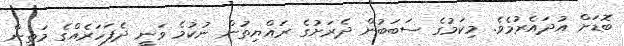
ބޮޑަށް އުދައެރުމެވެ. މިކަމުގެ ސަބަބުން ދެރަށުގެ ރައްޔިތުން ނުކުމެ ވަނީ ދެފަހަރެއްގެ މަތިން